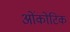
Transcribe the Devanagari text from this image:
ओंकोटिक